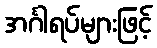
အင်္ဂါရပ်များဖြင့်